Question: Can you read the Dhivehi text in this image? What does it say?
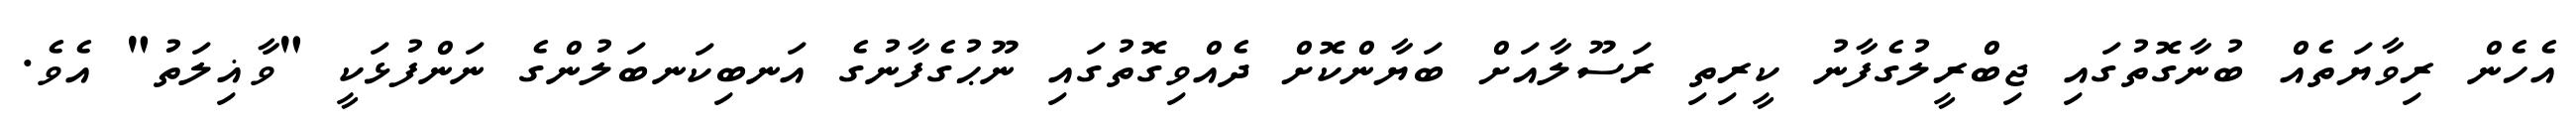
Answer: އެހެން ރިވާޔަތެއް ބުނާގޮތުގައި ޖިބްރީލުގެފާނު ކީރިތި ރަސޫލާއަށް ބަޔާންކޮށް ދެއްވިގޮތުގައި ނޫޙުގެފާނުގެ އަނބިކަނބަލުންގެ ނަންފުޅަކީ "ވާޣިލަތު" އެވެ.